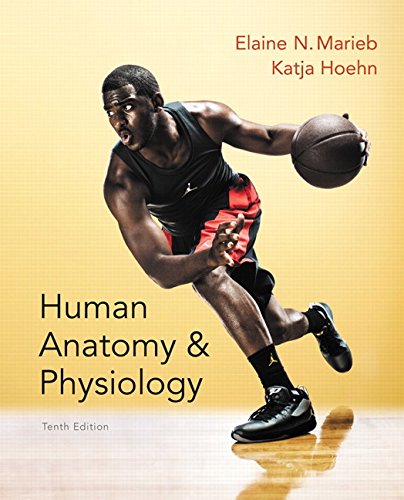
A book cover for Human Anatomy & Physiology (10th Edition) (Marieb, Human Anatomy & Physiology); Elaine N. Marieb; Education & Teaching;